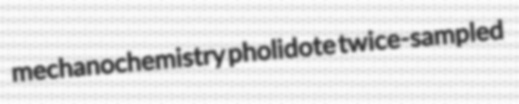
mechanochemistry pholidote twice-sampled